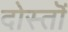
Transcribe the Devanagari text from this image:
दोस्तॊं